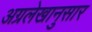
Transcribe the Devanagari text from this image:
अग्रलेखानुसार